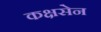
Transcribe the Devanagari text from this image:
कक्षसेन